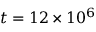
t = 1 2 \times 1 0 ^ { 6 }